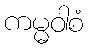
ကမ္မဝါစံ